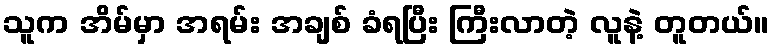
သူက အိမ်မှာ အရမ်း အချစ် ခံရပြီး ကြီးလာတဲ့ လူနဲ့ တူတယ်။